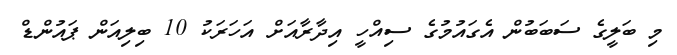
މި ބަލީގެ ސަބަބުން އެގައުމުގެ ސިއްހީ އިދާރާއަށް އަހަރަކު 10 ބިލިއަން ޕައުންޑް